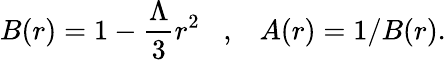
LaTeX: B(r)=1-{\frac{\Lambda}{3}}r^{2}\; \; \; ,\; \; \; A(r)=1/B(r).